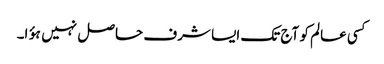
کسی عالم کو آج تک ایسا شرف حاصل نہیں ہؤا۔